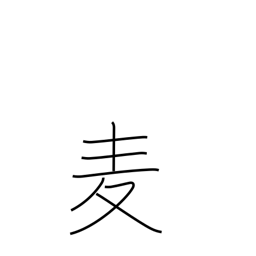
Meaning: wheat